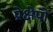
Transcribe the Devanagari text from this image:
प्रेक्षेपों